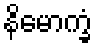
နိမောက္ခံ